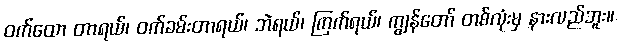
ဝက်ထော တာရယ်၊ ဝက်ခမ်းတာရယ်၊ ဘဲရယ်၊ ကြက်ရယ်၊ ကျွန်တော် တစ်လုံးမှ နားလည်ဘူး။